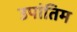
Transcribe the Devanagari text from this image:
उपांतिम